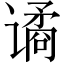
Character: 谲